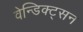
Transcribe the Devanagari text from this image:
वेन्डिक्ट्सन